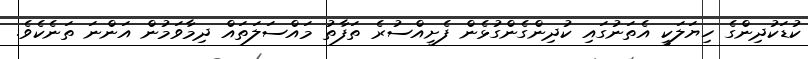
ކުޑަކުދިންގެ ހިޔަލަކީ އެތަނުގައި ކުދިންގެންގުޅެން ފެށީއްސުރެ ތަފާތު މައްސަލަތައް ދިމާވަމުން އަންނަ ތަނެކެވެ.